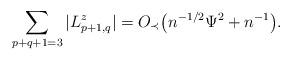
LaTeX: \begin{align*}\sum_{p+q+1=3} |L^{z}_{p+1,q}| =O_{\prec} \big( n^{-1/2}\Psi^2+n^{-1}\big).\end{align*}